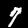
Label: 7